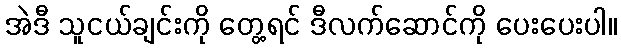
အဲဒီ သူငယ်ချင်းကို တွေ့ရင် ဒီလက်ဆောင်ကို ပေးပေးပါ။